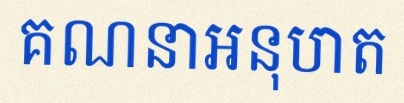
គណនាអនុបាត